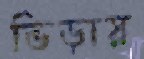
ভিড়ায়